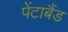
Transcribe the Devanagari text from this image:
पेंटाबैंड